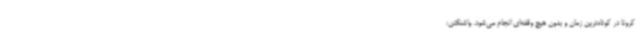
کرونا در کوتاه‌ترین زمان و بدون هیچ وقفه‌ای انجام می‌شود. واشنگتن: